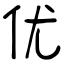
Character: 优